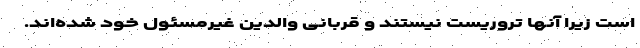
است زیرا آنها تروریست نیستند و قربانی والدین غیرمسئول خود شده‌اند.